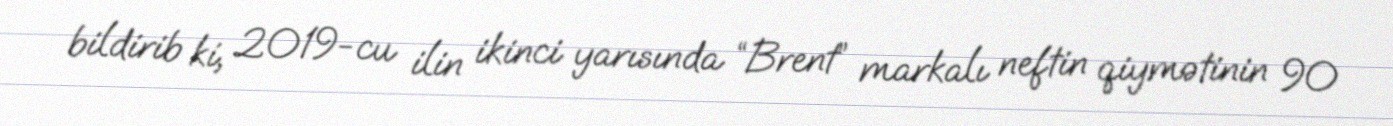
bildirib ki, 2019-cu ilin ikinci yarısında “Brent” markalı neftin qiymətinin 90